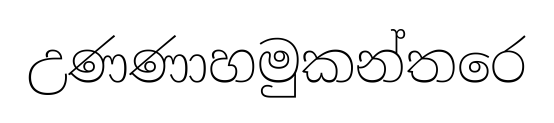
උණණාහමුකන්තරෙ